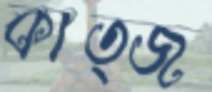
কাত্জ